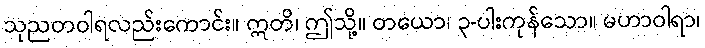
သုညတဝါရလည်းကောင်း။ ဣတိ၊ ဤသို့။ တယော၊ ၃-ပါးကုန်သော။ မဟာဝါရာ၊